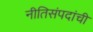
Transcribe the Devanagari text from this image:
नीतिसंपदांची